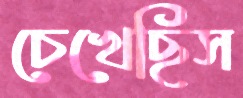
চেখেছিস